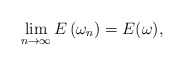
\begin{align*}\lim _{n \rightarrow \infty} E\left(\omega_{n}\right)=E(\omega),\end{align*}